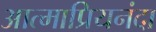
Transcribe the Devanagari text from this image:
आत्माप्रियनंदा